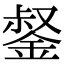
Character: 錖